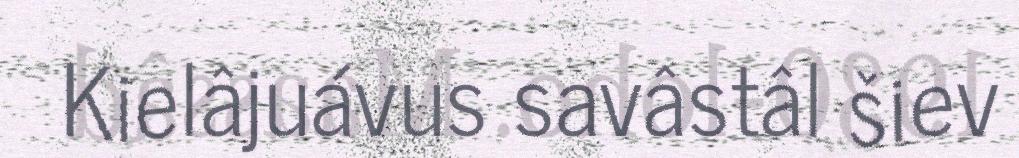
Kielâjuávus savâstâl šiev